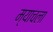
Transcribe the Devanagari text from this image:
म्याचला